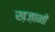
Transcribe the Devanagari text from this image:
ख़ज़ानों